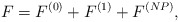
\begin{align*}F=F^{(0)}+F^{(1)}+F^{(NP)}, \end{align*}